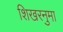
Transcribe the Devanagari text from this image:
शिखरनुमा